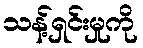
သန့်ရှင်းမှုကို